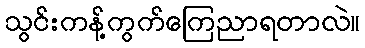
သွင်းကန့်ကွက်ကြေညာရတာလဲ။